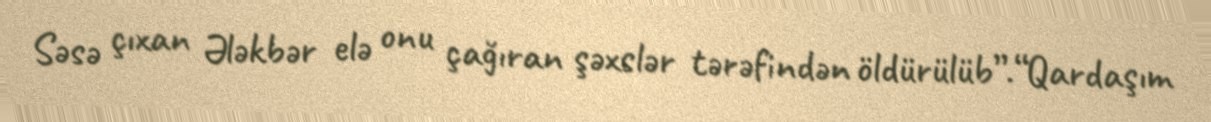
Səsə çıxan Ələkbər elə onu çağıran şəxslər tərəfindən öldürülüb”.“Qardaşım